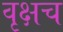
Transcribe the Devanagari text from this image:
वृक्षच